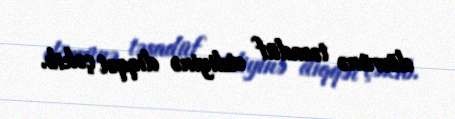
dövrünə təsadüf etdiyinə diqqət çəkib.